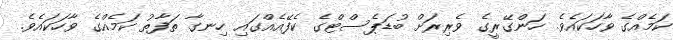
ކަމެއްގެ ވާހަކައެވެ. ހަންގޭރީގެ ވެރިރަށް ބުޑަޕެސްޓްގެ ކެފޭއެއްގައި ހިނގާ ތަފާތު ކަމެއްގެ ވާހަކައެވެ.